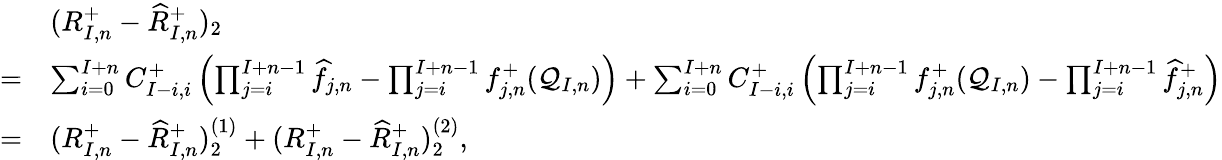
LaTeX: \begin{array}{rl}&{(R_{I,n}^{+}-\widehat{R}_{I,n}^{+})_{2}}\\ {=}&{\sum_{i=0}^{I+n}C_{I-i,i}^{+}\left(\prod_{j=i}^{I+n-1}\widehat f_{j,n}-\prod_{j=i}^{I+n-1}f_{j,n}^{+}(\mathcal{Q}_{I,n})\right)+\sum_{i=0}^{I+n}C_{I-i,i}^{+}\left(\prod_{j=i}^{I+n-1}f_{j,n}^{+}(\mathcal{Q}_{I,n})-\prod_{j=i}^{I+n-1}\widehat{f}_{j,n}^{+}\right)}\\ {=}&{(R_{I,n}^{+}-\widehat{R}_{I,n}^{+})_{2}^{(1)}+(R_{I,n}^{+}-\widehat{R}_{I,n}^{+})_{2}^{(2)},}\end{array}